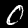
Digit: 0